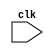
`timescale 1ns / 1ps
//////////////////////////////////////////////////////////////////////////////////
// Company: 
// Engineer: 
// 
// Design Name: 
// Module Name: printBinary
// Project Name: 
// Target Devices: 
// Tool Versions: 
// Description: 
// 
// Dependencies: 
// 
// Revision:
// Revision 0.01 - File Created
// Additional Comments:
// 
//////////////////////////////////////////////////////////////////////////////////


module printBinary
(

    input clk

);
    
    
    
//Para imprimir en consola
///////////////////////////////////////////
///////////////////////////////////////////
reg [15:0]print[0:9];
reg [15:0]data[0:506];
reg [9:0]i;
reg flag;

//con_f1 = \
//[[  46,  -9,-127],
// [  70, -23, -93],
// [ -20, -88, -86]]; con_f0 = np.asarray(con_f0);           # filtre 0 conv2d
//con_b0 = -843;                                            # bias   0 conv2d 

//con_f2 = \
//[[ -79, -63,  51],
// [  78,  58,  61],
// [-127,  91, -72]]; con_f1 = np.asarray(con_f1);           # filtre 1 conv2d
//con_b1 = -1235;  

//con_f3 = \
//[[ -33,-111,-115],
// [-127,  28,  14],
// [ -40,  68,  47]]; con_f2 = np.asarray(con_f2);           # filtre 2 conv2d
//con_b2 = -696;

//initial
//begin
//i =0;
//flag=0;
//print[0] =  16'd46;
//print[1] = -16'd9;
//print[2] = -16'd127;
//print[3] =  16'd70;
//print[4] = -16'd23;
//print[5] = -16'd93;
//print[6] = -16'd20;
//print[7] = -16'd88;
//print[8] = -16'd86;
//print[9] = -16'd843;
//end




//fc_b = \
//[ -48, 1081, -146,  -256, -109, 976, 31, 466, -905, 33];

initial
begin
i =0;
flag=0;

data[0] = -16'd48;
data[1] =  16'd1081;
data[2] = -16'd146;
data[3] = -16'd256;
data[4] = -16'd109;
data[5] =  16'd976;
data[6] =  16'd31;
data[7] =  16'd466;
data[8] = -16'd905;
data[9] =  16'd33;




end














always @(clk)
begin
    if(i< 9'd10 && flag == 0)
    begin
        $display("%b",data[i]);
        i = i + 1;
    end
    if(i==9'd10)
    begin
        flag = 1;
    end
end    
    
    
endmodule